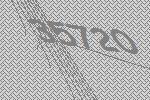
35720